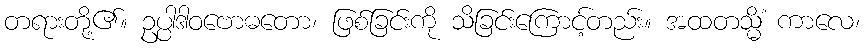
တရားတို့၏။ ဥပ္ပါဒါဝဗောဓတော၊ ဖြစ်ခြင်းကို သိခြင်းကြောင့်တည်း။ အထတသ္မိံ ကာလေ၊